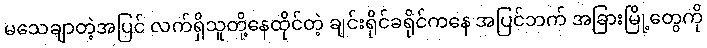
မသေချာတဲ့အပြင် လက်ရှိသူတို့နေထိုင်တဲ့ ချင်းရိုင်ခရိုင်ကနေ အပြင်ဘက် အခြားမြို့တွေကို